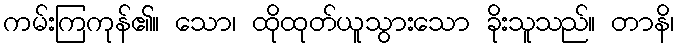
ကမ်းကြကုန်၏။ သော၊ ထိုထုတ်ယူသွားသော ခိုးသူသည်။ တာနိ၊